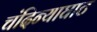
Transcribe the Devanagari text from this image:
चंदिन्याघाट